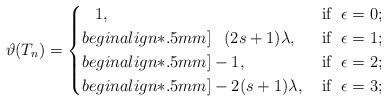
LaTeX: \begin{align*}\vartheta(T_n) = \begin{cases}\phantom{-}1, &\mbox{if{\;} $\epsilon= 0$;}\\begin{align*}.5mm]\phantom{-}(2s+1)\lambda, &\mbox{if{\;} $\epsilon= 1$;}\\begin{align*}.5mm]-1,\phantom{nullnull} &\mbox{if{\;} $\epsilon= 2$;}\\begin{align*}.5mm]-2(s+1)\lambda, &\mbox{if{\;} $\epsilon= 3$;}\end{cases}\end{align*}